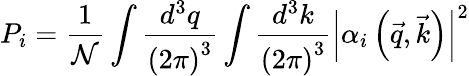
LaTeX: P_{i}=\frac{1}{\mathcal{N}}\int\frac{d^{3}q}{\left(2\pi\right)^{3}}\int\frac{d^{3}k}{\left(2\pi\right)^{3}}\left|\alpha_{i}\left(\vec{q},\vec{k}\right)\right|^{2}